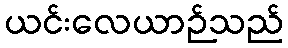
ယင်းလေယာဉ်သည်